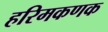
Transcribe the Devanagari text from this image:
हरिमकणक